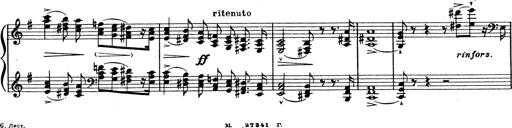
Title: Grosses Konzertsolo
Composer: Franz Liszt